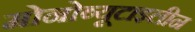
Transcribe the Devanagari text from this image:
मोनोब्यूटाइलीन